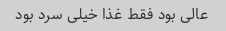
عالی بود فقط غذا خیلی سرد بود